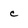
Character: c